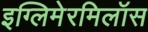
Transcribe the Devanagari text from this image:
इग्लिमेरमिलॉस